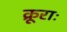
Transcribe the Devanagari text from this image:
क्रूराः